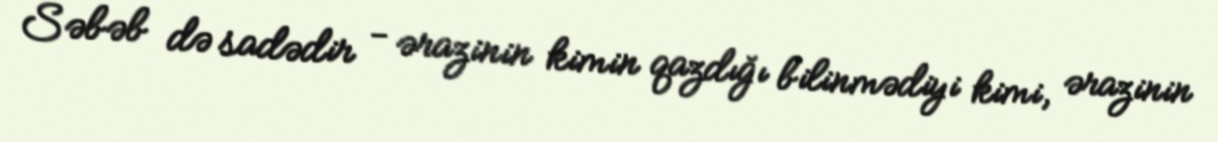
Səbəb də sadədir - ərazinin kimin qazdığı bilinmədiyi kimi, ərazinin